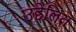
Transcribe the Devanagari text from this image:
उद्देलित